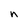
Character: n